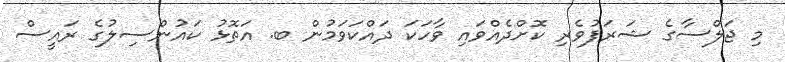
މި ޖަލްސާގެ ޝަރަފުވެރި ކޮށްދެއްވައި ވާހަކަ ދައްކަވަމުން ބ. އަތޮޅު ކައުންސިލުގެ ރައީސް